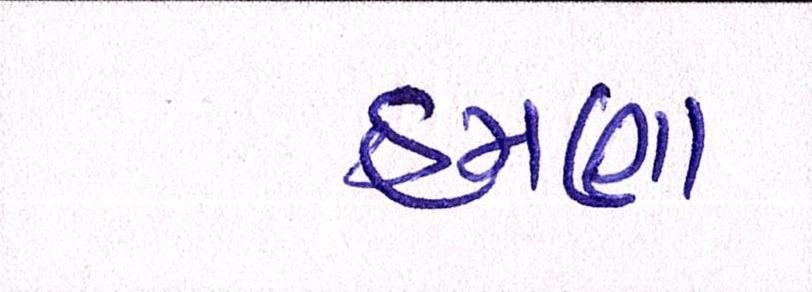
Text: હમણા